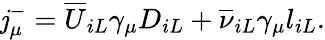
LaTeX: \mathit{j}_{\mu}^{-}={\overline{{{U}}}}_{iL}\gamma_{\mu}D_{iL}+{\overline{{{\nu}}}}_{iL}\gamma_{\mu}l_{iL}.